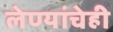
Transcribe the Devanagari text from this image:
लेण्यांचेही